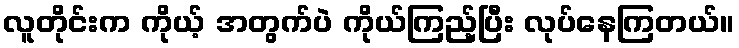
လူတိုင်းက ကိုယ့် အတွက်ပဲ ကိုယ်ကြည့်ပြီး လုပ်နေကြတယ်။